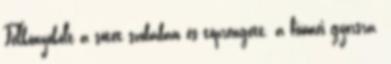
Felkönyökölt a sötét szobában és töprengett. a fiúmei gyorsra.